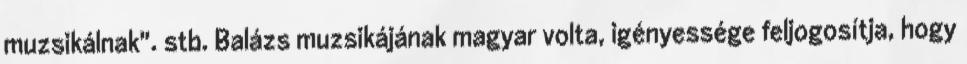
muzsikálnak". stb. Balázs muzsikájának magyar volta, igényessége feljogosítja, hogy